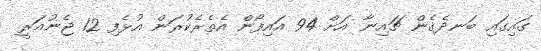
ގައިގައި ބަނދެގެން ޗައިނާ އަށް 94 އައިފޯން އެތެރެކުރަން އުޅެފި 12 ޖެނުއަރީ